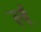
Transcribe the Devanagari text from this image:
ल॑